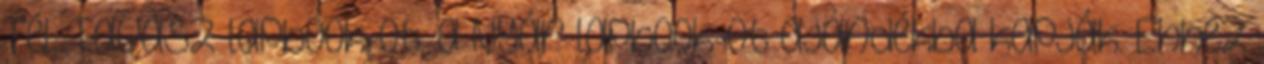
Tél, Tavasz lapbook-ot, a Nyár lapbook-ot ajándékba kapják. Ehhez